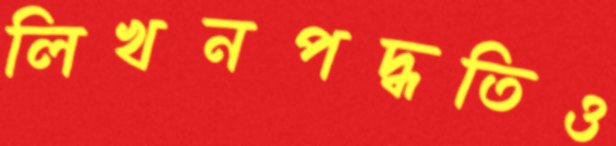
লিখনপদ্ধতিও